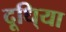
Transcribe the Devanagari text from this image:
दूधि्या